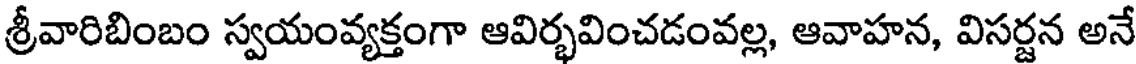
శ్రీవారిబింబం స్వయంవ్యక్తంగా ఆవిర్భవించడంవల్ల, ఆవాహన, విసర్జన అనే